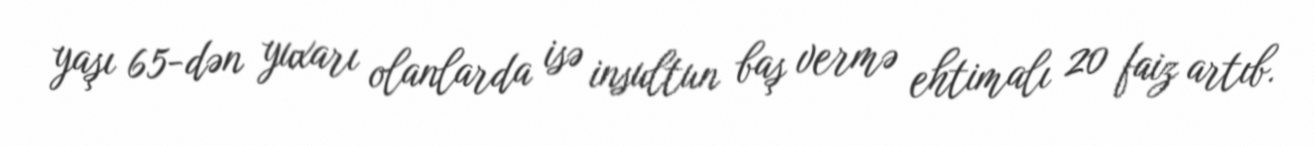
yaşı 65-dən yuxarı olanlarda isə insultun baş vermə ehtimalı 20 faiz artıb.